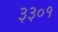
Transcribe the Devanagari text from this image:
३३०१